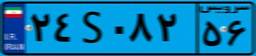
۵۵S۵۴۵۵۹